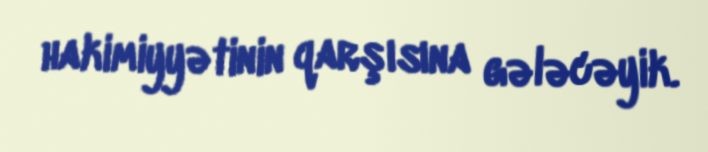
hakimiyyətinin qarşısına gələcəyik.